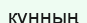
кұнның